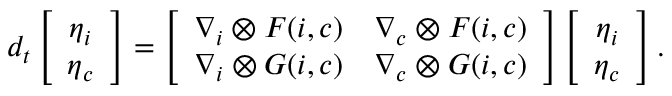
d _ { t } \left[ \begin{array} { c } { \boldsymbol { \eta } _ { i } } \\ { \boldsymbol { \eta } _ { c } } \end{array} \right] = \left[ \begin{array} { c c } { \boldsymbol { \nabla } _ { \boldsymbol { i } } \otimes \boldsymbol { F } ( { \boldsymbol { i } } , { \boldsymbol { c } } ) } & { \boldsymbol { \nabla } _ { \boldsymbol { c } } \otimes \boldsymbol { F } ( { \boldsymbol { i } } , { \boldsymbol { c } } ) } \\ { \boldsymbol { \nabla } _ { \boldsymbol { i } } \otimes \boldsymbol { G } ( { \boldsymbol { i } } , { \boldsymbol { c } } ) } & { \boldsymbol { \nabla } _ { \boldsymbol { c } } \otimes \boldsymbol { G } ( { \boldsymbol { i } } , { \boldsymbol { c } } ) } \end{array} \right] \left[ \begin{array} { c } { \boldsymbol { \eta } _ { \boldsymbol { i } } } \\ { \boldsymbol { \eta } _ { \boldsymbol { c } } } \end{array} \right] .